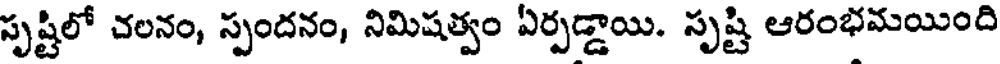
సృష్టిలో చలనం, స్పందనం, నిమిషత్వం ఏర్పడ్డాయి. సృష్టి ఆరంభమయింది